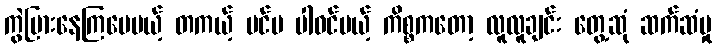
ကွဲပြားနေကြပေမယ့် တကယ့် ပင်မ ပါဝင်မယ့် ကိစ္စကတော့ လူလူချင်း တွေ့ဆုံ ဆက်ဆံမှု